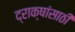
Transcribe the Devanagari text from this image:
द्राक्षांसाठी